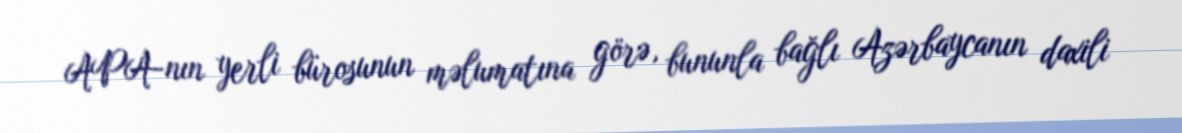
APA-nın yerli bürosunun məlumatına görə, bununla bağlı Azərbaycanın daxili